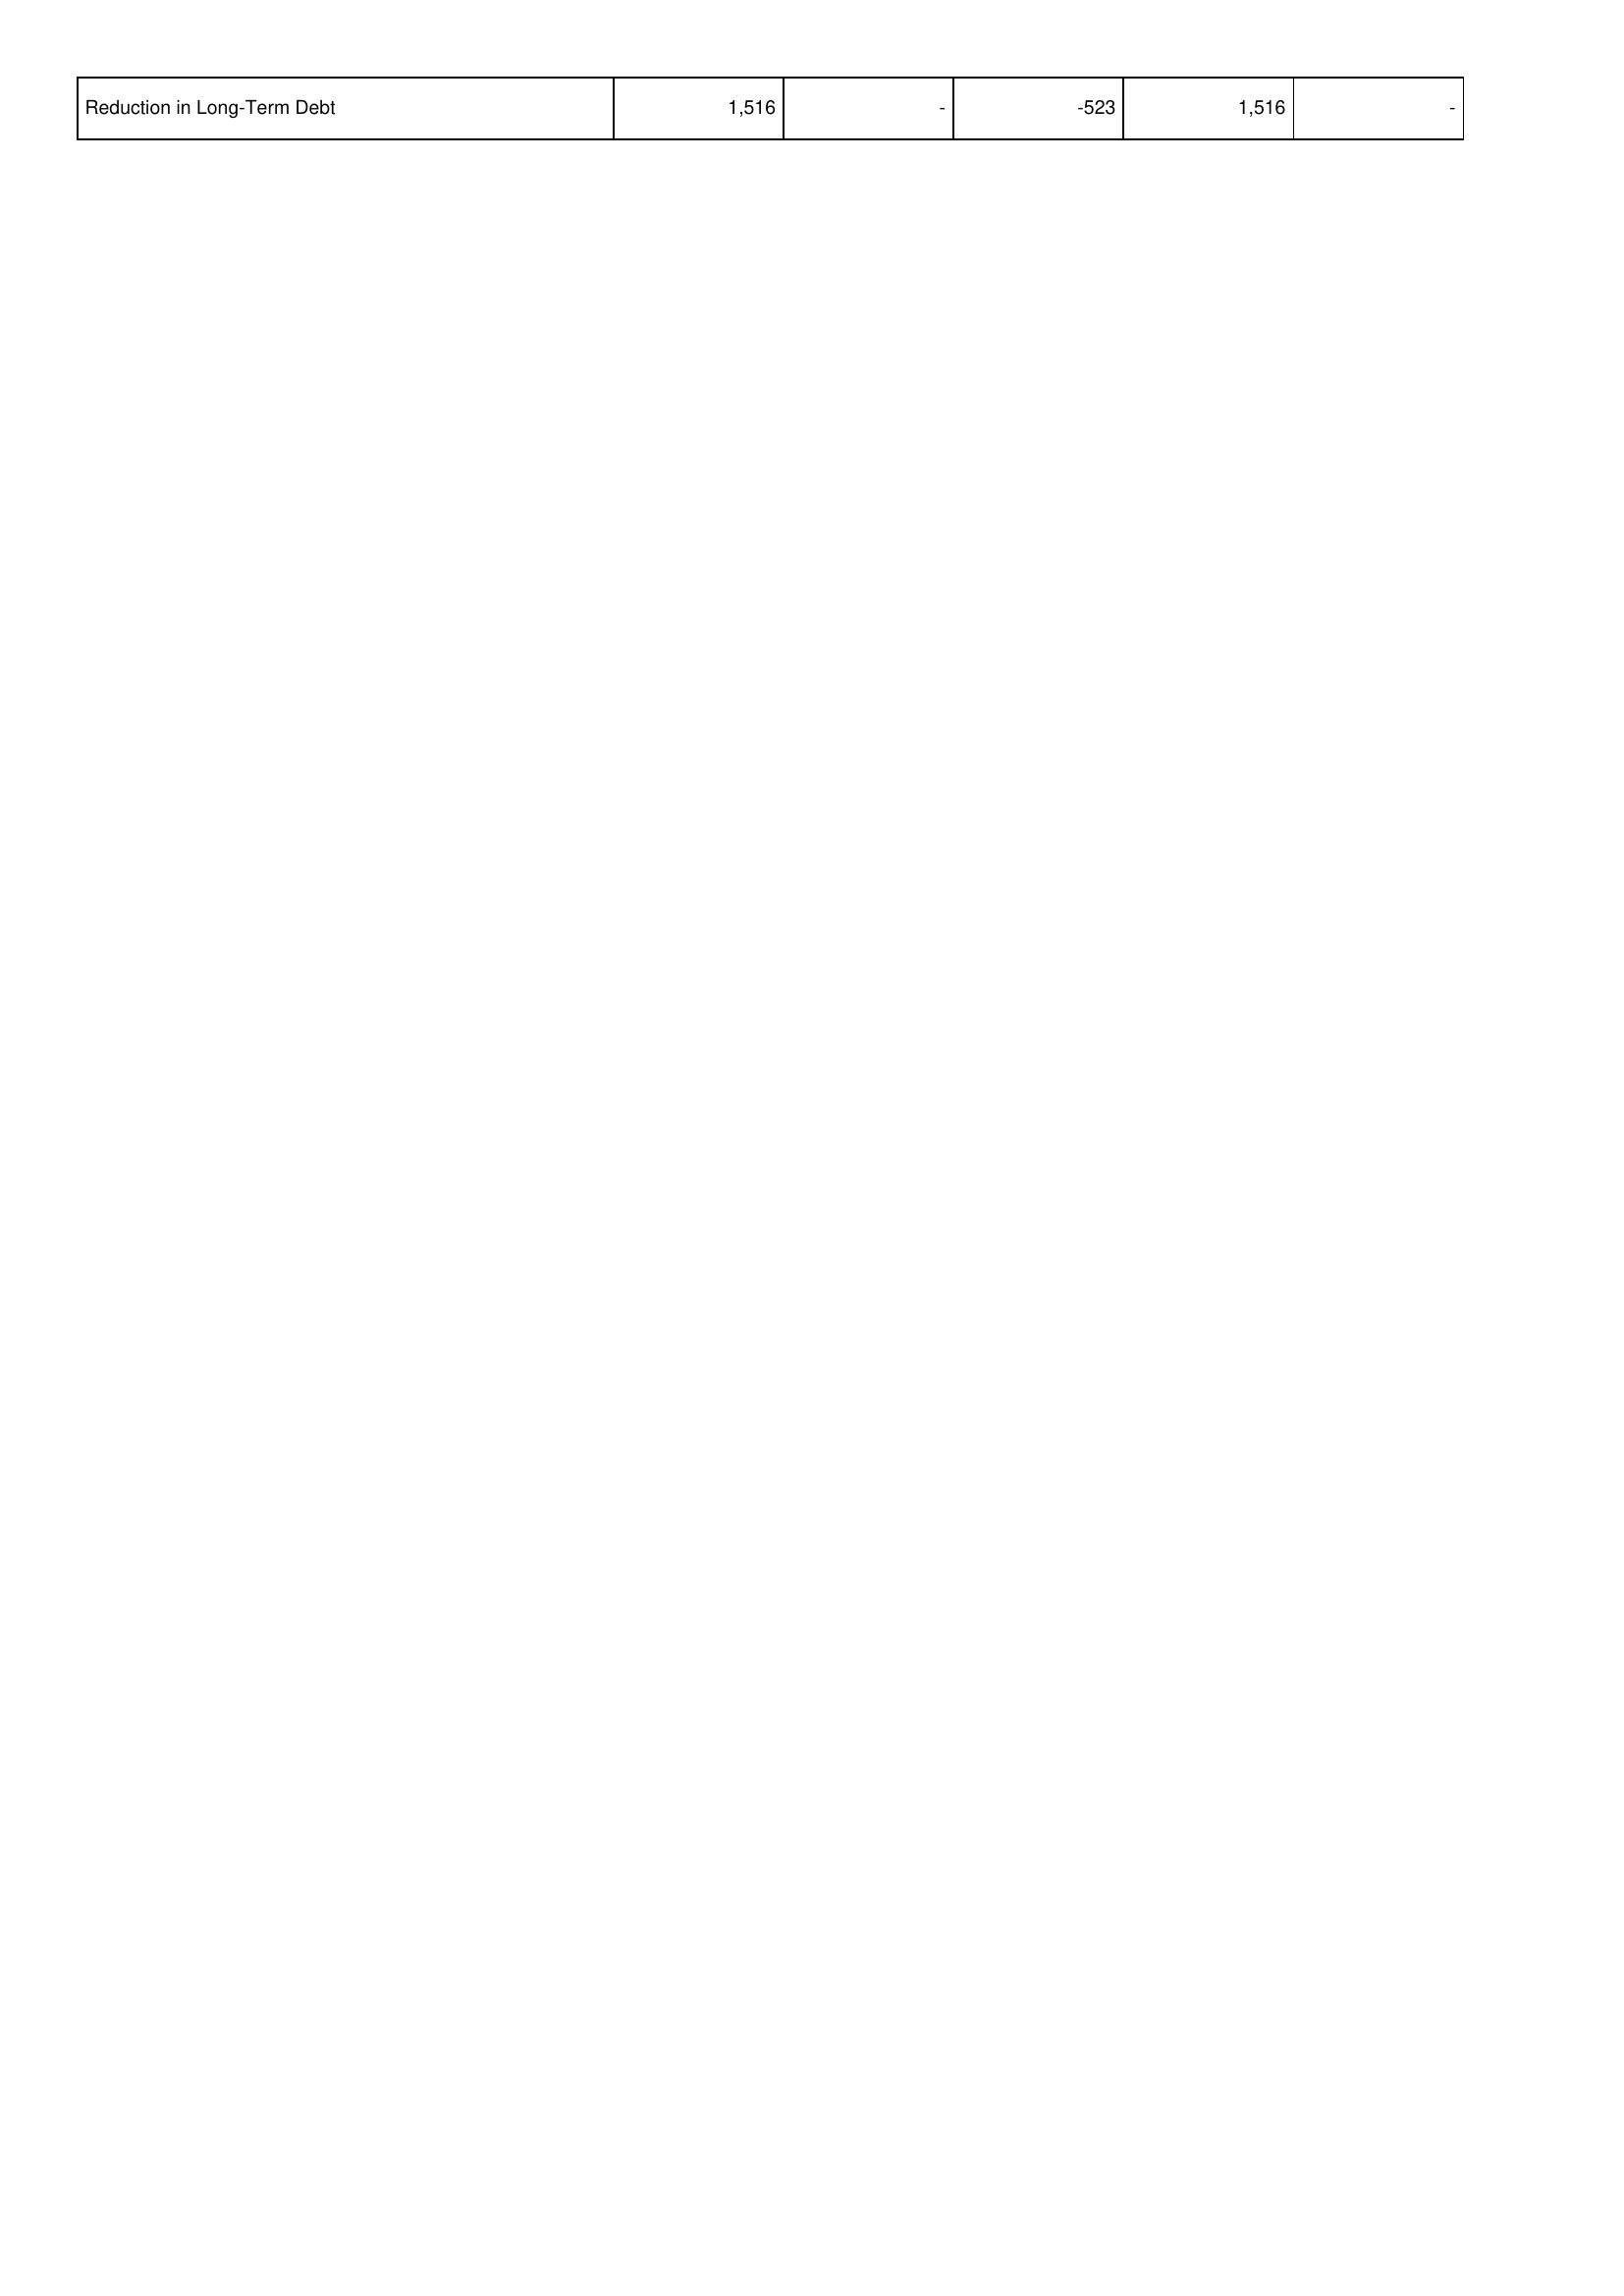
2018: Financing Activities: Reduction in Long-Term Debt: 1,516
2017: Financing Activities: Reduction in Long-Term Debt: -
2016: Financing Activities: Reduction in Long-Term Debt: -523
2015: Financing Activities: Reduction in Long-Term Debt: 1,516
2014: Financing Activities: Reduction in Long-Term Debt: -